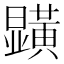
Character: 𭨏